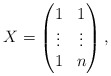
\begin{align*}X=\begin{pmatrix}1 & 1 \\\vdots & \vdots \\1 & n\end{pmatrix},\end{align*}